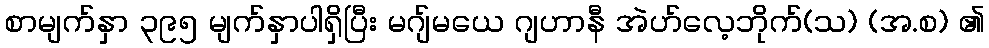
စာမျက်နှာ ၃၉၅ မျက်နှာပါရှိပြီး မဂျ်မယေ ဂျဟာနီ အဲဟ်လေ့ဘိုက်(သ) (အ.စ) ၏